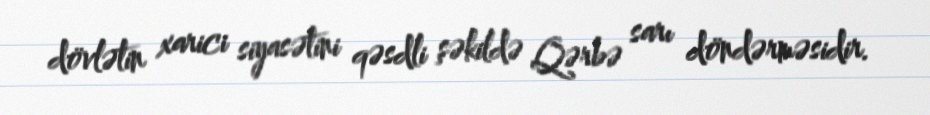
dövlətin xarici siyasətini qəsdli şəkildə Qərbə sarı döndərməsidir.